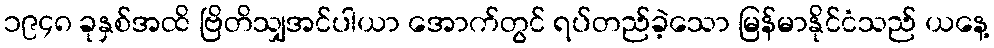
၁၉၄၈ ခုနှစ်အထိ ဗြိတိသျှအင်ပါယာ အောက်တွင် ရပ်တည်ခဲ့သော မြန်မာနိုင်ငံသည် ယနေ့